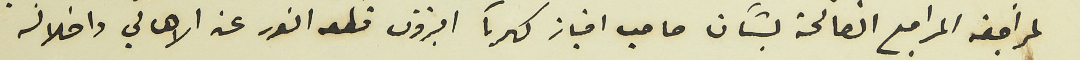
لمراجعة المراجع الصالحة بشأن صاحب امتياز كهربأ البترون قطعه النور عن الاهالي واخلاله